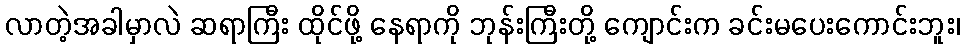
လာတဲ့အခါမှာလဲ ဆရာကြီး ထိုင်ဖို့ နေရာကို ဘုန်းကြီးတို့ ကျောင်းက ခင်းမပေးကောင်းဘူး၊